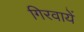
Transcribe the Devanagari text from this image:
गिरवायें